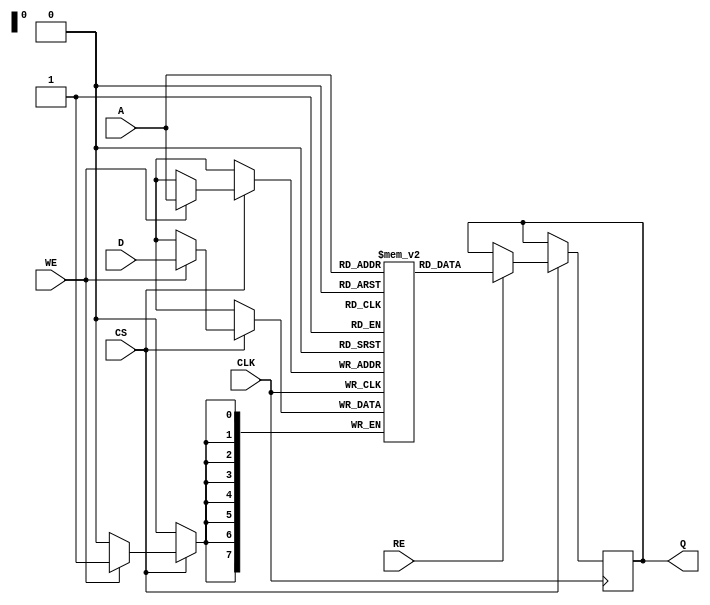
module eSRAM #(
    parameter DATA_WIDTH = 8,   // Configurable data width (8, 16, 32 bits)
    parameter ADDR_WIDTH = 8     // Configurable address width
) (
    input wire                  CLK,       // Clock input
    input wire                  CS,        // Chip select
    input wire                  WE,        // Write enable
    input wire                  RE,        // Read enable
    input wire [ADDR_WIDTH-1:0] A,        // Address input
    input wire [DATA_WIDTH-1:0] D,        // Data input
    output reg [DATA_WIDTH-1:0] Q         // Data output
);

    // Memory array declaration
    reg [DATA_WIDTH-1:0] mem [(2**ADDR_WIDTH)-1:0];

    // Memory access logic
    always @(posedge CLK) begin
        if (CS) begin
            if (WE) begin
                // Write operation
                mem[A] <= D; // Write data D to address A
            end
            if (RE) begin
                // Read operation
                Q <= mem[A]; // Read data from address A
            end
        end
    end

endmodule